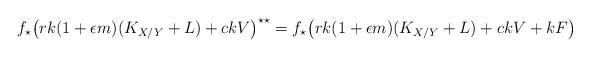
LaTeX: \begin{align*}f_\star\big(rk(1+\epsilon m)(K_{X/Y}+L) + ckV\big)^{\star\star}= f_\star\big(rk(1+\epsilon m)(K_{X/Y}+L) + ckV+ kF\big)\end{align*}